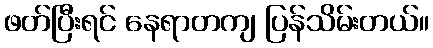
ဖတ်ပြီးရင် နေရာတကျ ပြန်သိမ်းတယ်။